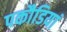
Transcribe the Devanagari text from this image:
पकौडियां